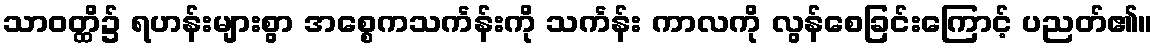
သာဝတ္ထိ၌ ရဟန်းများစွာ အစ္စေကသင်္ကန်းကို သင်္ကန်း ကာလကို လွန်စေခြင်းကြောင့် ပညတ်၏။